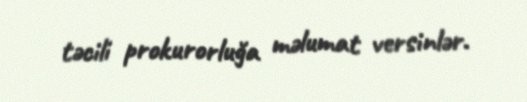
təcili prokurorluğa məlumat versinlər.